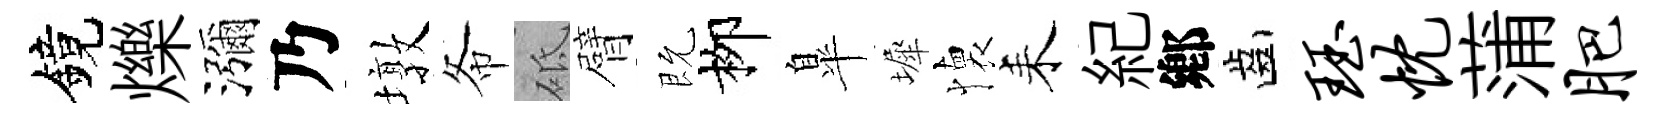
鏡爍瀰乃墩𢁙砥臂既栁臯墀懐耒紀鄕齒珏忱蒲肥